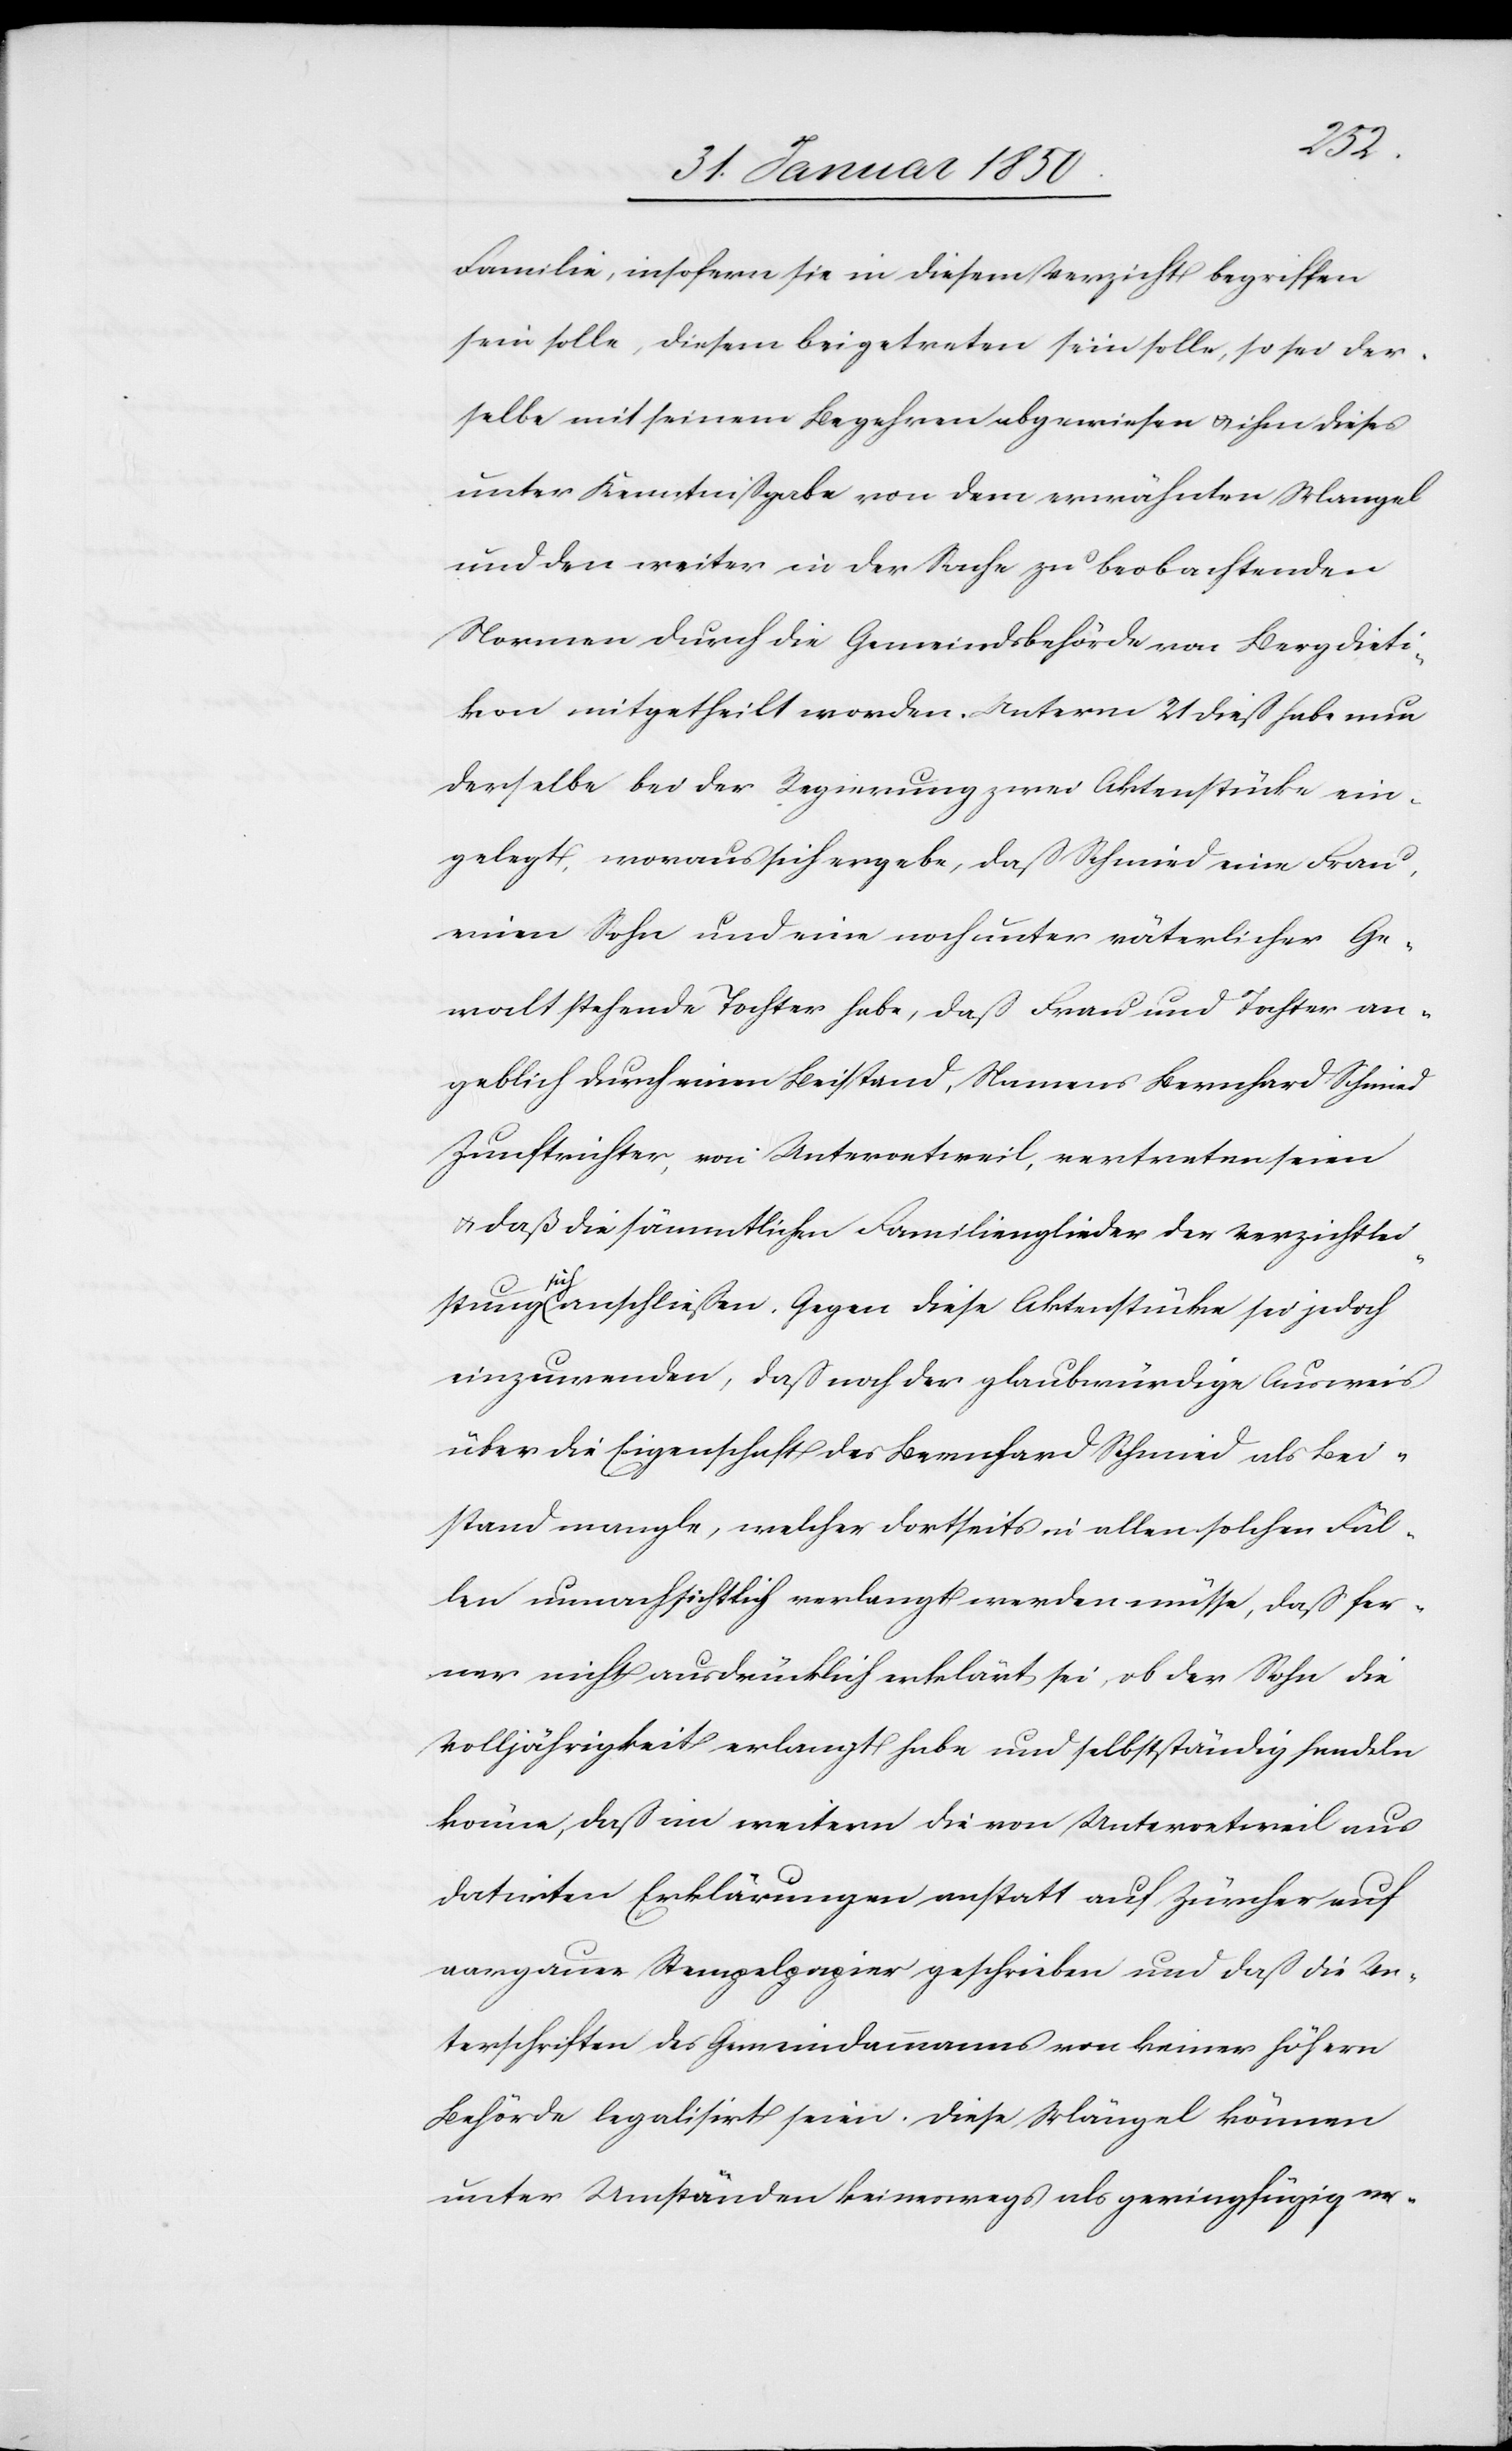
Familie, insofern sie in diesem Verzicht begriffen
sein solle, diesem beigetreten sein solle, so sei der¬
selbe mit seinem Begehren abgewiesen u. ihm dieses
unter Kenntnißgabe von dem erwähnten Mangel
und den weiter in der Sache zu beobachtenden
Normen durch die Gemeindsbehörde von Bergdieti¬
kon mitgetheilt worden. Unterm 21 dieß habe nun
derselbe bei der Regierung zwar Aktenstücke ein¬
gelegt, woraus sich ergebe, daß Schmied eine Frau,
einen Sohn und eine noch unter väterlicher Ge¬
walt stehende Tochter habe, daß Frau und Tochter an¬
geblich durch einen Beistand, Namens Bernhard Schmied
Zunftrichter, von Unteroetweil, vertreten seien
u. daß die sämmtlichen Familienglieder der Verzichtleis¬
tung
sich anschließen. Gegen diese Aktenstücke sei jedoch
einzuwenden, daß noch der glaubwürdige Ausweis
über die Eigenschaft des Bernhard Schmied als Bei¬
stand mangle, welcher dortseits in allen solchen Fäl¬
len unnachsichtlich verlangt werden müsse, daß fer¬
ner nicht ausdrücklich erklärt sei, ob der Sohn die
Volljährigkeit erlangt habe und selbstständig handeln
könne, daß im weitern die von Unteroetweil aus
datirten Erklärungen anstatt auf Zürcher auf
aargauer Stempelpapier geschrieben und daß die Un¬
terschriften des Gemeindammanns von keiner höhern
Behörde leaglisirt seien. Diese Mängel können
unter Umständen keineswegs als geringfügig er-